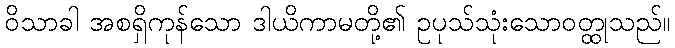
ဝိသာခါ အစရှိကုန်သော ဒါယိကာမတို့၏ ဥပုသ်သုံးသောဝတ္ထုသည်။